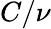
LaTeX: C/\nu